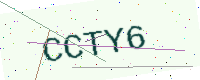
Text: CCTY6